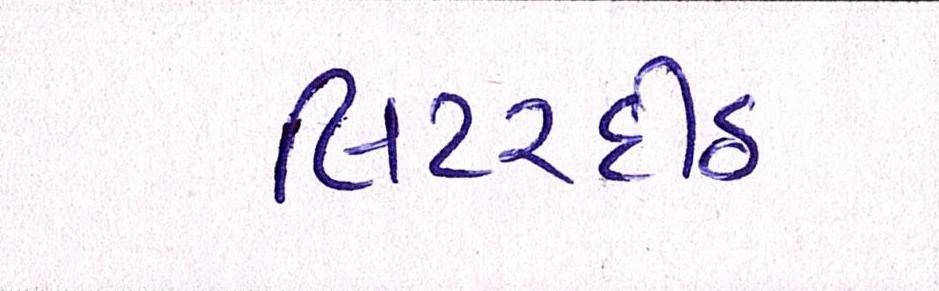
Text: લિટરદીઠ